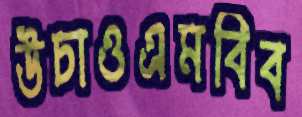
উচাওএমবিব